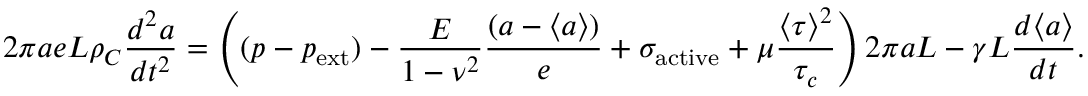
2 \pi a e L \rho _ { C } \frac { d ^ { 2 } a } { d t ^ { 2 } } = \left( ( p - p _ { \mathrm { e x t } } ) - \frac { E } { 1 - \nu ^ { 2 } } \frac { \left( a - \langle a \rangle \right) } { e } + \sigma _ { \mathrm { a c t i v e } } + \mu \frac { \langle \tau \rangle ^ { 2 } } { \tau _ { c } } \right) 2 \pi a L - \gamma L \frac { d \langle a \rangle } { d t } .